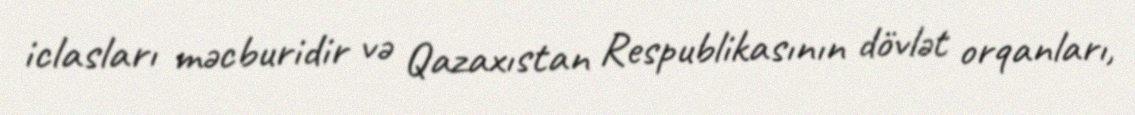
iclasları məcburidir və Qazaxıstan Respublikasının dövlət orqanları,